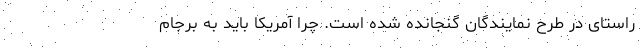
راستای در طرح نمایندگان گنجانده شده است. چرا آمریکا باید به برجام